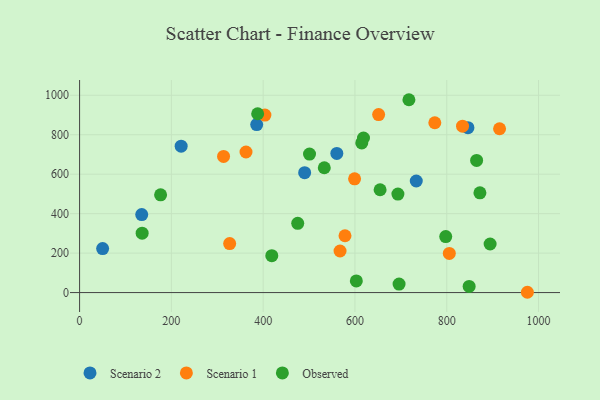
{"axis": {"x": "Ad Spend", "y": "Exam Score"}, "legend": ["Observed", "Scenario 1", "Scenario 2"], "data": [{"x": "135.4", "y": 395.1, "type": "Scenario 2"}, {"x": "846.2", "y": 835.9, "type": "Scenario 2"}, {"x": "490.4", "y": 607.8, "type": "Scenario 2"}, {"x": "385.9", "y": 851.3, "type": "Scenario 2"}, {"x": "50.2", "y": 222.8, "type": "Scenario 2"}, {"x": "560.5", "y": 705.0, "type": "Scenario 2"}, {"x": "733.6", "y": 565.4, "type": "Scenario 2"}, {"x": "221.3", "y": 741.8, "type": "Scenario 2"}, {"x": "805.6", "y": 198.5, "type": "Scenario 1"}, {"x": "403.8", "y": 899.6, "type": "Scenario 1"}, {"x": "313.7", "y": 689.8, "type": "Scenario 1"}, {"x": "362.6", "y": 712.4, "type": "Scenario 1"}, {"x": "599.2", "y": 576.5, "type": "Scenario 1"}, {"x": "567.5", "y": 210.6, "type": "Scenario 1"}, {"x": "578.3", "y": 287.9, "type": "Scenario 1"}, {"x": "834.4", "y": 843.4, "type": "Scenario 1"}, {"x": "327.0", "y": 248.5, "type": "Scenario 1"}, {"x": "774.0", "y": 860.6, "type": "Scenario 1"}, {"x": "651.6", "y": 902.1, "type": "Scenario 1"}, {"x": "915.1", "y": 830.3, "type": "Scenario 1"}, {"x": "975.7", "y": 1.5, "type": "Scenario 1"}, {"x": "533.2", "y": 632.7, "type": "Observed"}, {"x": "797.8", "y": 283.7, "type": "Observed"}, {"x": "894.5", "y": 246.2, "type": "Observed"}, {"x": "418.8", "y": 187.2, "type": "Observed"}, {"x": "693.6", "y": 499.1, "type": "Observed"}, {"x": "696.1", "y": 43.1, "type": "Observed"}, {"x": "501.0", "y": 702.0, "type": "Observed"}, {"x": "475.3", "y": 350.9, "type": "Observed"}, {"x": "717.6", "y": 977.4, "type": "Observed"}, {"x": "136.3", "y": 300.9, "type": "Observed"}, {"x": "603.0", "y": 58.9, "type": "Observed"}, {"x": "872.3", "y": 505.3, "type": "Observed"}, {"x": "848.8", "y": 31.4, "type": "Observed"}, {"x": "614.8", "y": 758.4, "type": "Observed"}, {"x": "388.0", "y": 906.2, "type": "Observed"}, {"x": "865.1", "y": 669.6, "type": "Observed"}, {"x": "654.8", "y": 521.2, "type": "Observed"}, {"x": "618.6", "y": 783.3, "type": "Observed"}, {"x": "176.5", "y": 495.4, "type": "Observed"}]}